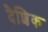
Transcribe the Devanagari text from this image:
दैशिक